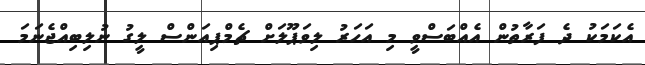
އެކަމަކު ދެ ފަރާތުން އެއްބަސްވީ މި އަހަރު ލިވަޕޫލަށް ޗެމްޕިއަންސް ލީގު ނުލިބިއްޖެނަމަ